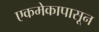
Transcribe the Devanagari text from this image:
एकमेकापासून